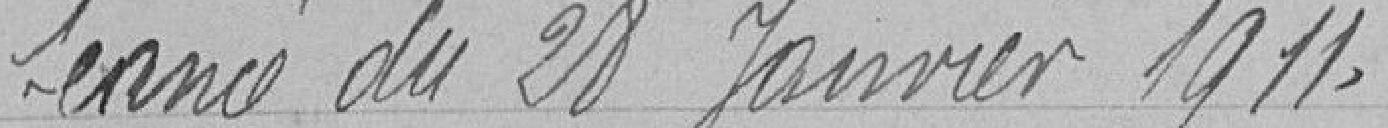
Séance du 28 janvier 1911